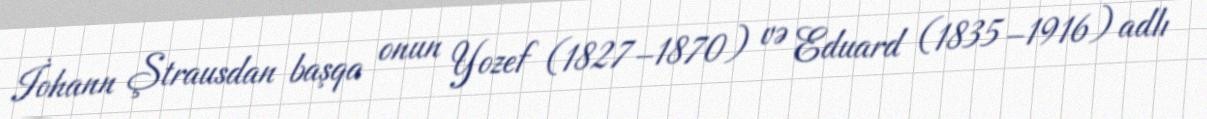
İohann Ştrausdan başqa onun Yozef (1827–1870) və Eduard (1835–1916) adlı